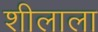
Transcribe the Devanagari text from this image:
शीलाला